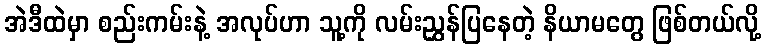
အဲဒီထဲမှာ စည်းကမ်းနဲ့ အလုပ်ဟာ သူ့ကို လမ်းညွှန်ပြနေတဲ့ နိယာမတွေ ဖြစ်တယ်လို့